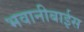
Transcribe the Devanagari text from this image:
भवानीबाईस